Leaving Certificate Examination, 1910
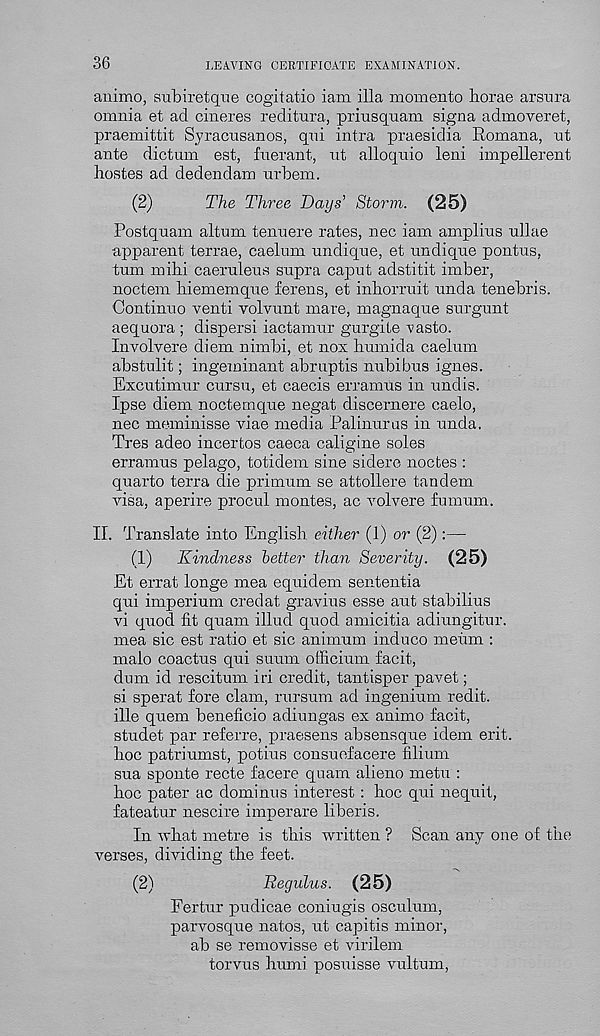
36
LEAVING CERTIFICATE EXAMINATION.
animo, subiretque cogitatio iam ilia momento liorae arsnra
omnia et ad cineres reditura, priusquam signa admoveret,
praemittit Syracusanos, qni intra praesidia Romana, ut
ante dictum est, fuerant, ut alloquio leni impellerent
hostes ad dedendam urbem.
(2)
The Three Days' Storm. (25)
Postquam altum tenuere rates, nec iam amplius ullae
apparent terrae, caelum undique, et undique pontus,
turn mihi caeruleus supra caput adstitit imber,
noctem hiememque ferens, et inborruit unda tenebris.
Continue venti volvunt mare, magnaque surgunt
aequora ; dispersi iactamur gurgite vasto.
Involvere diem nimbi, et nox humida caelum
abstulit; ingeminant abruptis nubibus ignes.
Excutimur cursu, et caecis erramus in undis.
Ipse diem noctemque negat discernere caelo,
nec meminisse viae media Palinurus in unda.
Tres adeo incertos caeca caligine soles
erramus pelago, totidem sine sidere nodes :
quarto terra die primum se attollere tandem
visa, aperire procul montes, ac volvere fumum.
II. Translate into English either (1) or (2):—
(1)
Kindness letter than Severity. (25)
Et errat longe mea equidem sententia
qui imperium credat gravius esse aut stabilius
vi quod fit quam illud quod amicitia adiungitur.
mea sic est ratio et sic animum induce meum :
malo coactus qui suum officium facit,
dum id rescitum iri credit, tantisper pavet;
si sperat fore clam, rursum ad ingenium redit.
ille quern beneficio adiungas ex animo facit,
studet par referre, praesens absensque idem erit.
hoc patriumst, potius consuefacere filium
sua sponte recte facere quam alieno metu :
hoc pater ac dominus interest : hoc qui nequit,
fateatur neseire imperare liberis.
In what metre is this written ? Scan any one of the
verses, dividing the feet.
(2)
Regulus. (25)
Fertur pudicae coniugis osculum,
parvosque natos, ut capitis minor,
ab se removisse et virilem
torvus humi posuisse vultum,